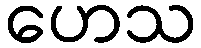
ဟေသ